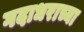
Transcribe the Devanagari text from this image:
गदाधराच्या